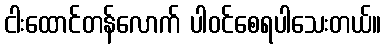
ငါးထောင်တန်လောက် ပါဝင်စေရပါသေးတယ်။